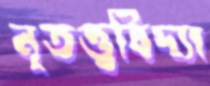
নৃতত্ত্ববিদ্যা